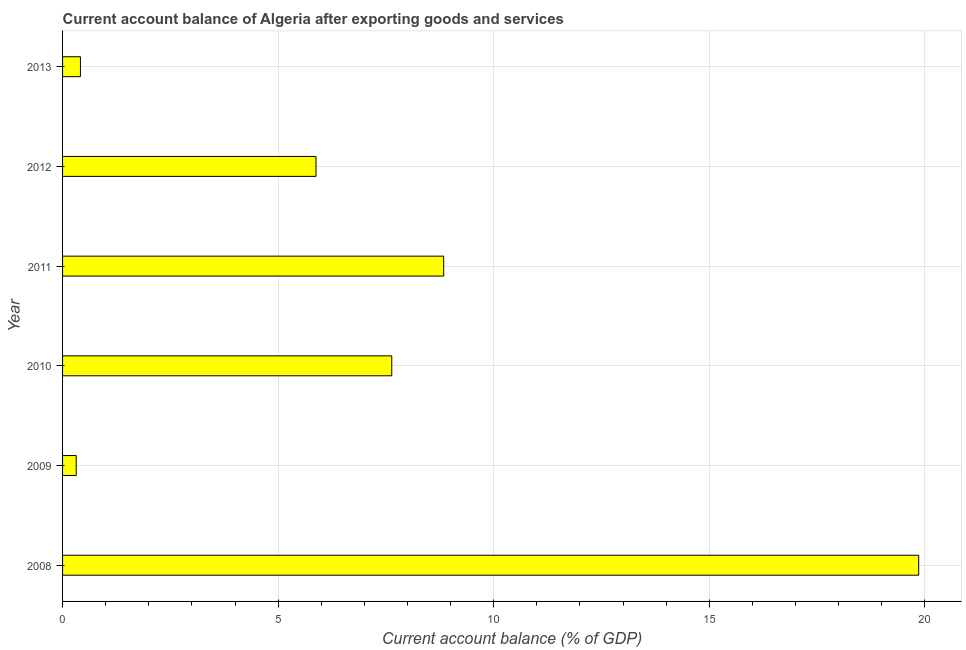
| Year | Current account balance |
 | --- | --- |
 | 2008 | 19.9 |
 | 2009 | 0.316 |
 | 2010 | 7.64 |
 | 2011 | 8.84 |
 | 2012 | 5.88 |
 | 2013 | 0.415 |